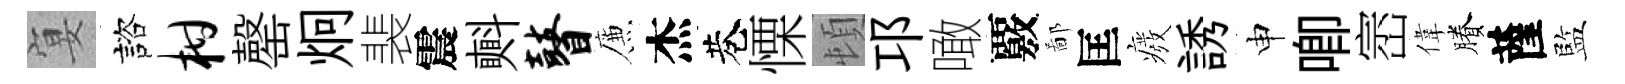
宴諮柑罄炯裴震㪺瞽簾杰巷慄頓邛噉覈鄙匡癈誘申唧崈偉賸薩監